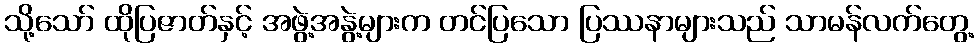
သို့သော် ထိုပြဇာတ်နှင့် အဖွဲ့အနွဲ့များက တင်ပြသော ပြဿနာများသည် သာမန်လက်တွေ့